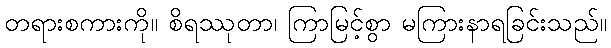
တရားစကားကို။ စိရဿုတာ၊ ကြာမြင့်စွာ မကြားနာရခြင်းသည်။